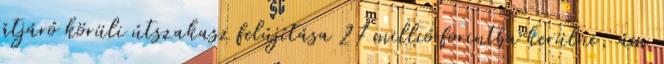
átjáró körüli útszakasz felújítása 27 millió forintba kerülne, ám